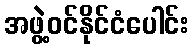
အဖွဲ့ဝင်နိုင်ငံပေါင်း